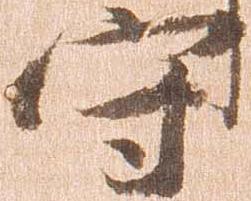
守